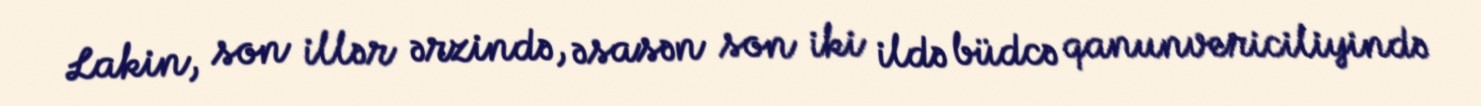
Lakin, son illər ərzində, əsasən son iki ildə büdcə qanunvericiliyində